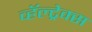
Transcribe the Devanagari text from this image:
व्हॅल्ट्रेक्स